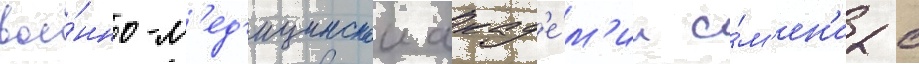
вое́нно-м'ед'ицинскои акад'е́м'ии и́м'ен'и с